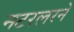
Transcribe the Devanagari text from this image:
नटरलरने